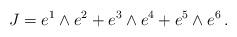
LaTeX: \begin{align*}J = e^1 \wedge e^2 + e^3 \wedge e^4 + e^5 \wedge e^6\,.\end{align*}